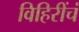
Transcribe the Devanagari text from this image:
विहिरींचं